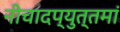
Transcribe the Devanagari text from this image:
नीचादप्युत्तमां